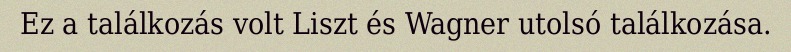
Ez a találkozás volt Liszt és Wagner utolsó találkozása.